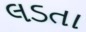
લડતા